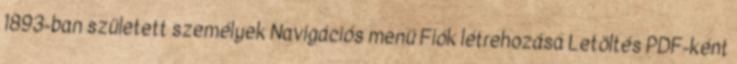
1893-ban született személyek Navigációs menü Fiók létrehozása Letöltés PDF-ként